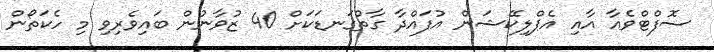
ސޮފްޓްވެއާ އާއި އެޕްލިކޭޝަން އުފައްދާ ގާތްގަނޑަކަށް 40 ޒުވާނުން ބައިވެރިވި މި ހެކަތޯން